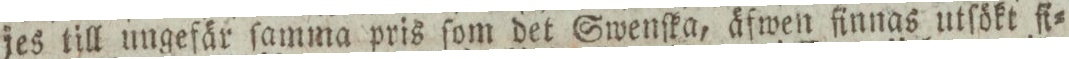
jes till ungefär ſamma pris ſom det Swenſka, äfwen finnas utſökt fi=